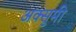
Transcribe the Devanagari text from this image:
अक्सुमी